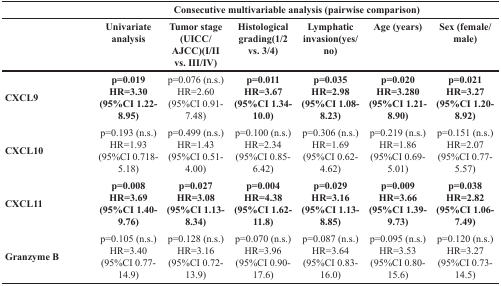
<table><thead><tr><td rowspan="2"></td><td colspan="6"><b>Consecutive multivariable analysis (pairwise comparison)</b></td></tr><tr><td><b>Univariate analysis</b></td><td><b>Tumor stage (UICC/AJCC)(I/II vs. III/IV)</b></td><td><b>Histological grading(1/2 vs. 3/4)</b></td><td><b>Lymphatic invasion(yes/no)</b></td><td><b>Age (years)</b></td><td><b>Sex (female/male)</b></td></tr></thead><tbody><tr><td><b>CXCL9</b></td><td><b>p=0.019HR=3.30(95%CI 1.22-8.95)</b></td><td>p=0.076 (n.s.)HR=2.60(95%CI 0.91-7.48)</td><td><b>p=0.011HR=3.67(95%CI 1.34-10.0)</b></td><td><b>p=0.035HR=2.98(95%CI 1.08-8.23)</b></td><td><b>p=0.020HR=3.280(95%CI 1.21-8.90)</b></td><td><b>p=0.021HR=3.27(95%CI 1.20-8.92)</b></td></tr><tr><td><b>CXCL10</b></td><td>p=0.193 (n.s.)HR=1.93(95%CI 0.718-5.18)</td><td>p=0.499 (n.s.)HR=1.43(95%CI 0.51-4.00)</td><td>p=0.100 (n.s.)HR=2.34(95%CI 0.85-6.42)</td><td>p=0.306 (n.s.)HR=1.69(95%CI 0.62-4.62)</td><td>p=0.219 (n.s.)HR=1.86(95%CI 0.69-5.01)</td><td>p=0.151 (n.s.)HR=2.07(95%CI 0.77-5.57)</td></tr><tr><td><b>CXCL11</b></td><td><b>p=0.008HR=3.69(95%CI 1.40-9.76)</b></td><td><b>p=0.027HR=3.08(95%CI 1.13-8.34)</b></td><td><b>p=0.004HR=4.38(95%CI 1.62-11.8)</b></td><td><b>p=0.029HR=3.16(95%CI 1.13-8.85)</b></td><td><b>p=0.009HR=3.66(95%CI 1.39-9.73)</b></td><td><b>p=0.038HR=2.82(95%CI 1.06-7.49)</b></td></tr><tr><td><b>Granzyme B</b></td><td>p=0.105 (n.s.)HR=3.40(95%CI 0.77-14.9)</td><td>p=0.128 (n.s.)HR=3.16(95%CI 0.72-13.9)</td><td>p=0.070 (n.s.)HR=3.96(95%CI 0.90-17.6)</td><td>p=0.087 (n.s.)HR=3.64(95%CI 0.83-16.0)</td><td>p=0.095 (n.s.)HR=3.53(95%CI 0.80-15.6)</td><td>p=0.120 (n.s.)HR=3.27(95%CI 0.73-14.5)</td></tr></tbody></table>